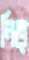
নিত্